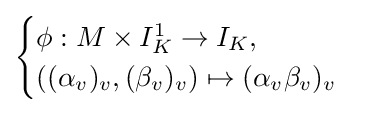
{\begin{cases}\phi :M\times I_{K}^{1}\to I_{K},\\((\alpha _{v})_{v},(\beta _{v})_{v})\mapsto (\alpha _{v}\beta _{v})_{v}\end{cases}}